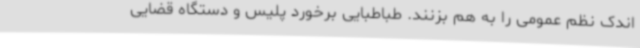
اندک نظم عمومی را به هم بزنند. طباطبایی برخورد پلیس و دستگاه قضایی